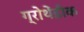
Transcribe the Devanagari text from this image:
ग्रोथेंडीक